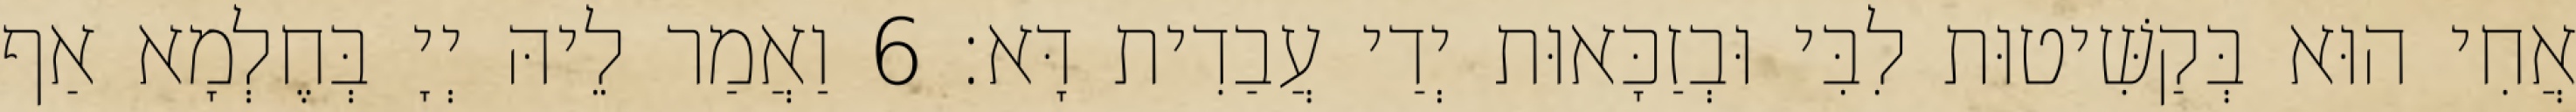
אֲחִי הוּא בְּקַשִּׁיטוּת לִבִּי וּבְזַכָּאוּת יְדַי עֲבַדִית דָּא׃ 6 וַאֲמַר לֵיהּ יְיָ בְּחֶלְמָא אַף